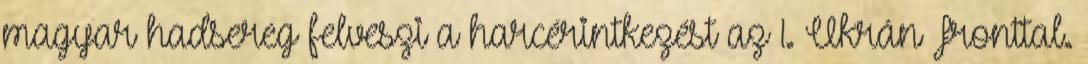
magyar hadsereg felveszi a harcérintkezést az 1. Ukrán Fronttal.